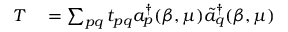
\begin{array} { r l } { T } & { { } = \sum _ { p q } t _ { p q } a _ { p } ^ { \dagger } ( \beta , \mu ) \tilde { a } _ { q } ^ { \dagger } ( \beta , \mu ) } \end{array}